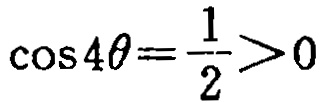
\(\cos 4\theta=\frac{1}{2}>0\)